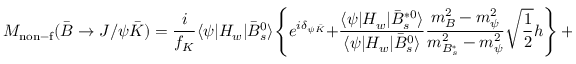
M _ { \mathrm { n o n - f } } ( \bar { B } \rightarrow J / \psi \bar { K } ) = { \frac { i } { f _ { K } } } \langle \psi | H _ { w } | \bar { B } _ { s } ^ { 0 } \rangle \Biggl \{ e ^ { i \delta _ { \psi \bar { K } } } + { \frac { \langle \psi | H _ { w } | \bar { B } _ { s } ^ { * 0 } \rangle } { \langle \psi | H _ { w } | \bar { B } _ { s } ^ { 0 } \rangle } } { \frac { m _ { B } ^ { 2 } - m _ { \psi } ^ { 2 } } { m _ { B _ { s } ^ { * } } ^ { 2 } - m _ { \psi } ^ { 2 } } } \sqrt { \frac { 1 } { 2 } } h \Biggr \} \, + \, \cdots ,